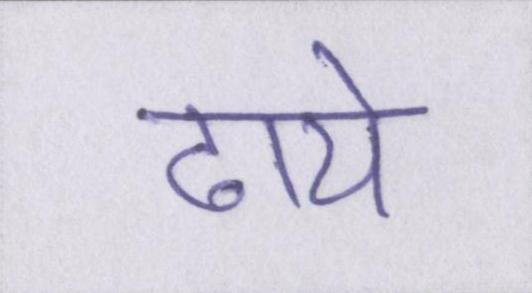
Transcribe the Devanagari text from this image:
ढाये